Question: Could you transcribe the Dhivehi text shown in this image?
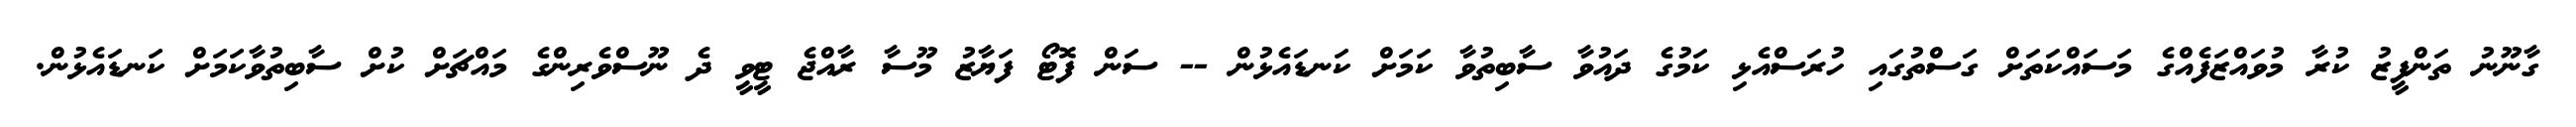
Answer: ގާނޫނު ތަންފީޒު ކުރާ މުވައްޒަފެއްގެ މަސައްކަތަށް ގަސްތުގައި ހުރަސްއެޅި ކަމުގެ ދައުވާ ސާބިތުވާ ކަމަށް ކަނޑައެޅުން -- ސަން ފޮޓޯ ފަޔާޒު މޫސާ ރާއްޖެ ޓީވީ ދެ ނޫސްވެރިންގެ މައްޗަށް ކުށް ސާބިތުވާކަމަށް ކަނޑައެޅުން.